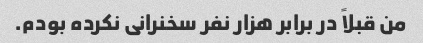
من قبلاً در برابر هزار نفر سخنرانی نکرده بودم.